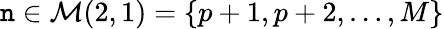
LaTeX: \mathtt{n}\in\mathcal{{M}}(2,1)=\{ p+1,p+2,\ldots,M\}